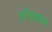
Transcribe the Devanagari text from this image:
हरिवंशाच्या